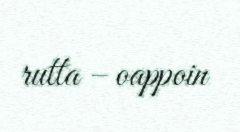
rutta – oappoin